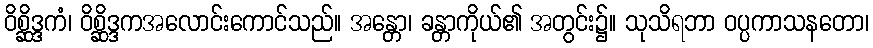
ဝိစ္ဆိဒ္ဒကံ၊ ဝိစ္ဆိဒ္ဒကအလောင်းကောင်သည်။ အန္တော၊ ခန္တာကိုယ်၏ အတွင်း၌။ သုသိရဘာ ဝပ္ပကာသနတော၊